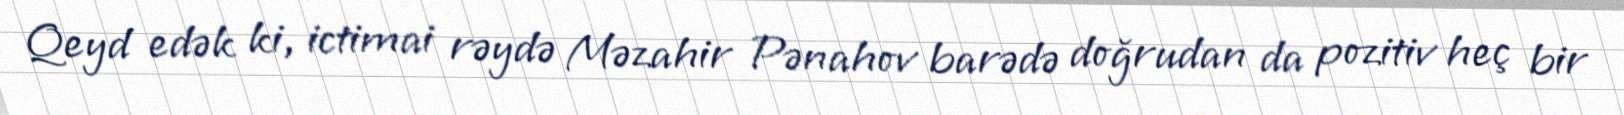
Qeyd edək ki, ictimai rəydə Məzahir Pənahov barədə doğrudan da pozitiv heç bir